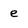
Character: e